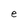
Character: e